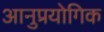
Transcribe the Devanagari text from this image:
आनुप्रयोगिक